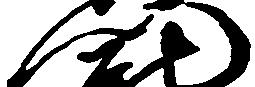
門